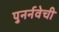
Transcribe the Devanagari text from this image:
पुनर्नवेची